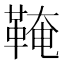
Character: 𩋊